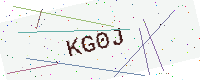
Text: KG0J